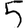
Digit: 5